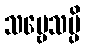
သဗ္ဗေသမ္ပိ